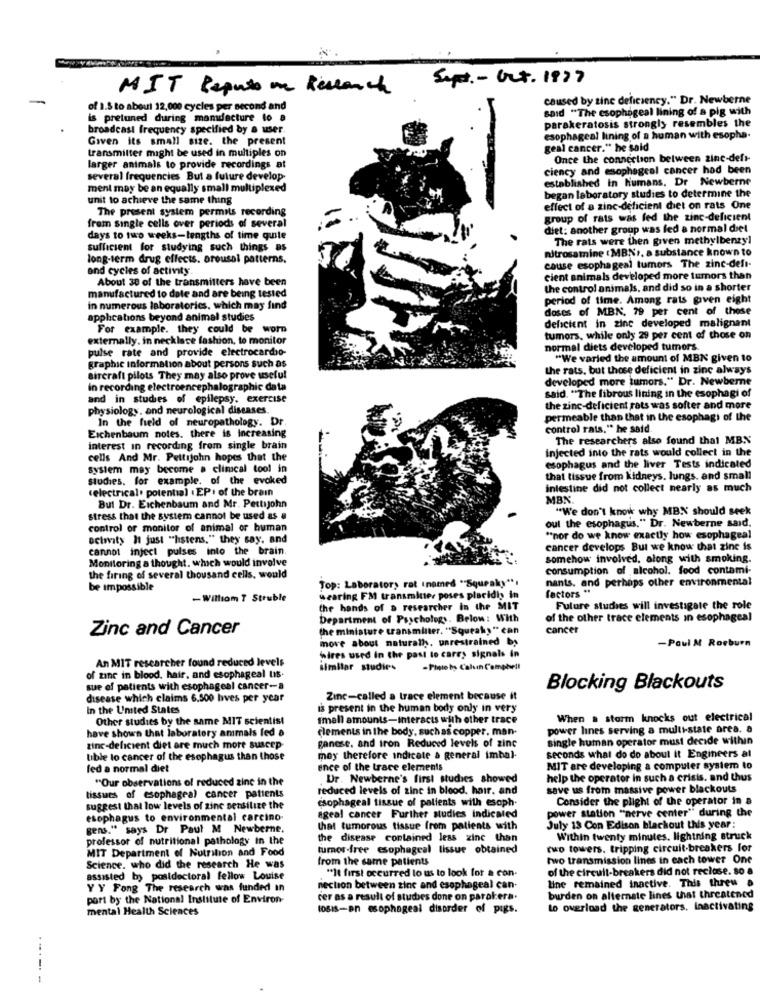
Sept. - Oct. 1977
MIT Reputo on Research
caused by sine deficiency." Dr. Newberne
of 1.8 to about 12,000 cycles per second and
said "The esophageal lining of a pig with
is pretuned during mamdfacture to a
parakeratosis strongly resembles the
broadcast frequency specified by a user.
Given its small size. the present
esophageal lining of a human with esopha.
transmitter might be used in multiples on
geal cancer." he said
Once the connection between zinc-defr-
larger animals to provide recordings at
ciency and esophageal cancer had been
several frequencies But a future develop-
established in humans. Dr Newberne
ment may be an equally small multiplexed
began laboratory studies to determine the
unit to achieve the same thing
The present system permits recording
effect of a zinc-deficient diet on rats One
group of rats was fed the zinc-deficient
from single cells over periods of several
diet: another group was fed a normal diet
days to two weeks-lengths of time quile
The rats were then given methylbenzyl
sufficient for studying such things as
nitrosamine : MBN), a substance known to
long-term drug effects. arousal patterns.
and cycles of activity.
cause esophageal tumors The zinc-defi-
About 30 of the transmitters have been
cient animals developed more tumors than
manufactured to date and are being tested
the control animals, and did so in a shorter
period of time. Among rats given eight
in numerous laboratorics, which may find
doses of MBN. 79 per cent of those
apphcations beyond animal studies
deficient in zinc developed malignant
For example. they could be worn
externally. in necklace fashion, to monitor
tumors, while only 29 per cent of those on
pulse rate and provide electrocardio-
normal diets developed tumors.
graphic information about persons such as
"We varled the amount of MBK given to
the rats, but those deficient in zinc always
aircraft pilots They may also prove useful
developed more tumors." Dr. Newberne
in recording electroencephalographic data
and in studies of epilepsy. exercise
said. "The fibrous lining in the esophagi of
physiology, and neurological diseases.
the zinc-deficient rats was softer and more
In the field of neuropathology. Dr.
permeable than that in the esophag) of the
control rats." he said.
Eichenbaum notes. there is increasing
The researchers also found that MBN
interest in recording from single brain
injected into the rats would collect in the
cells And Mr. Pettijohn hopes that the
system may become a climcal tool in
esophagus and the liver Tests indicated
Studies. for example. of the evoked
that tissue from kidneys. lungs. and small
(electrical. potential . EPI of the brain
intestine did not collect nearly as much
MBX.
But Dr. Eichenbaum and Mr. Pettijohn
"We don't know why MBN should seek
stress that the system cannot be used as a
control of monitor of animal of human
out the esophagus." Dr. Newberne said,
octnity 11 just "hstens." they say, and
"nor do we know exactly how esophageal
cannot inject pulses into the brain.
cancer develops But we know that zinc is
Monitoring a thought. which would involve
somehow involved, along with smoking.
consumption of alcohol. food contami-
the firing of several thousand cells. would
Top: Laboratory rat inamed "Squeaky **:
nants. and perhaps other environmental
be impossible
factors **
- Williom 7 Struble
wearing FM transmitter poses placidi in
the hands of a researcher in the MIT
Future studies will investigate the role
Department of Psychology. Below: With
of the other trace elements In esophageal
Zinc and Cancer
(he miniature transmitter. "Squeak) " can
cancer
move about naturally. unrestrained by
-Paul M Roeburn
Wires used in the past to carry signals in
An MIT researcher found reduced levels
similar studies
-Photo by Cahuin Comphell
of zinc in blood. hair, and esophageal us.
sue of patients with esophageal cancer-a
Blocking Blackouts
disease which claims 6.500 boves per year
Zinc-called a trace element because it
in the United States
is present in the human body only in very
Other studies by the same MIT scientist
small amounts-interacts with other trace
When . starm knocks out electrical
have shown that laboratory ammais fed a
elements in the body, suchas copper. man-
power lines serving a multi-state area. a
ganese, and iron Reduced levels of zinc
single human operator must decide within
zinc-deficient diet are much more suscep-
tible to cancer of the esophagus than those
mey therefore indicate a general imbal-
seconds what do do about it Engineers al
fed a normal diet
ence of the trace elements
MIT are developing a computer system to
"Our observations of reduced zinc in the
Dr. Newberne's first studies showed
help the operator in such a crisis. and thus
reduced levels of zinc in blood. hair. and
save us from massive power blackouts
tissues of esophageal cancer patients
csophageal tissue of patients with esoph.
Consider the plight of the operator in a
suggest that low levels of zinc setsilize the
power station "nerve center" during the
esophagus to environmental carcino-
ageal cancer Further studies indicated
gens." says Dr Paul M Newberne.
that tumorous tissue from patients with
July 13 Con Edison blackout this year:
professor of nutritional pathology in the
the disease contained less zinc than
Within twenty minutes. lightning struck
MIT Department of Nutrition and Food
turner-free esophageal lissue obtained
two towers. tripping circuit breakers for
from the same patients
two transmission lines in each tower One
Science. who did the research He was
"It first occurred to us to look for a con-
of the circuit-breakers did not reclose. so a
assisted by postdoctoral fellow Louise
line remained inactive. This threw a
Y Y Fong The research was funded in
nection between zinc and esophageal can-
port by the National Institute of Environ-
cer as a result of studbes done on parakera.
burden on alternate lines that threatened
mental Health Sciences
toBIS-an esophageal disorder of pigs.
Lo overload the generators. Inactivating
-----